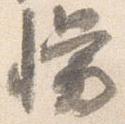
幔